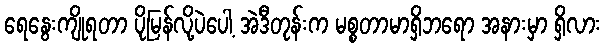
ရေနွေးကျိုရတာ ပိုမြန်လို့ပဲပေါ့ အဲဒီတုန်းက မစ္စတာမာရှိဘရော အနားမှာ ရှိလား